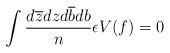
LaTeX: \begin{align*}\int \frac{d\overline{z}dzd\overline{b}db}{n}\epsilon V(f)=0\end{align*}